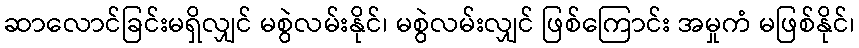
ဆာလောင်ခြင်းမရှိလျှင် မစွဲလမ်းနိုင်၊ မစွဲလမ်းလျှင် ဖြစ်ကြောင်း အမှုကံ မဖြစ်နိုင်၊